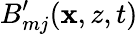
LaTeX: B_{mj}^{\prime}(\mathbf{x},z,t)